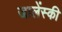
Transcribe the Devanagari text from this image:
जालेंस्की